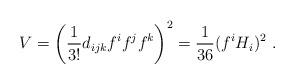
LaTeX: \begin{align*}V = \left( {1\over 3!} d_{ijk} f^i f^j f^k \right)^2 =\frac{1}{36}(f^iH_i)^2~.\end{align*}